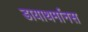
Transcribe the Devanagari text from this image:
डायाथर्मानस